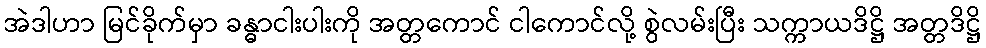
အဲဒါဟာ မြင်ခိုက်မှာ ခန္ဓာငါးပါးကို အတ္တကောင် ငါကောင်လို့ စွဲလမ်းပြီး သက္ကာယဒိဋ္ဌိ အတ္တဒိဋ္ဌိ